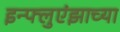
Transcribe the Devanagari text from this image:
इन्फ्लुएंझाच्या